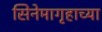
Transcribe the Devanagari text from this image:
सिनेमागृहाच्या